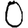
Digit: 0